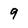
Character: 9